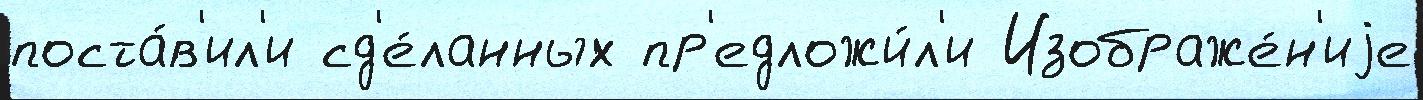
поста́в'ил'и сд'е́ланных пр'едложи́л'и Изображе́н'иjе